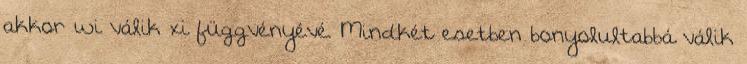
akkor wi válik xi függvényévé. Mindkét esetben bonyolultabbá válik